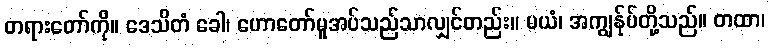
တရားတော်ကို။ ဒေသိတံ ခေါ၊ ဟောတော်မူအပ်သည်သာလျှင်တည်း။ မယံ၊ အကျွန်ုပ်တို့သည်။ တထာ၊